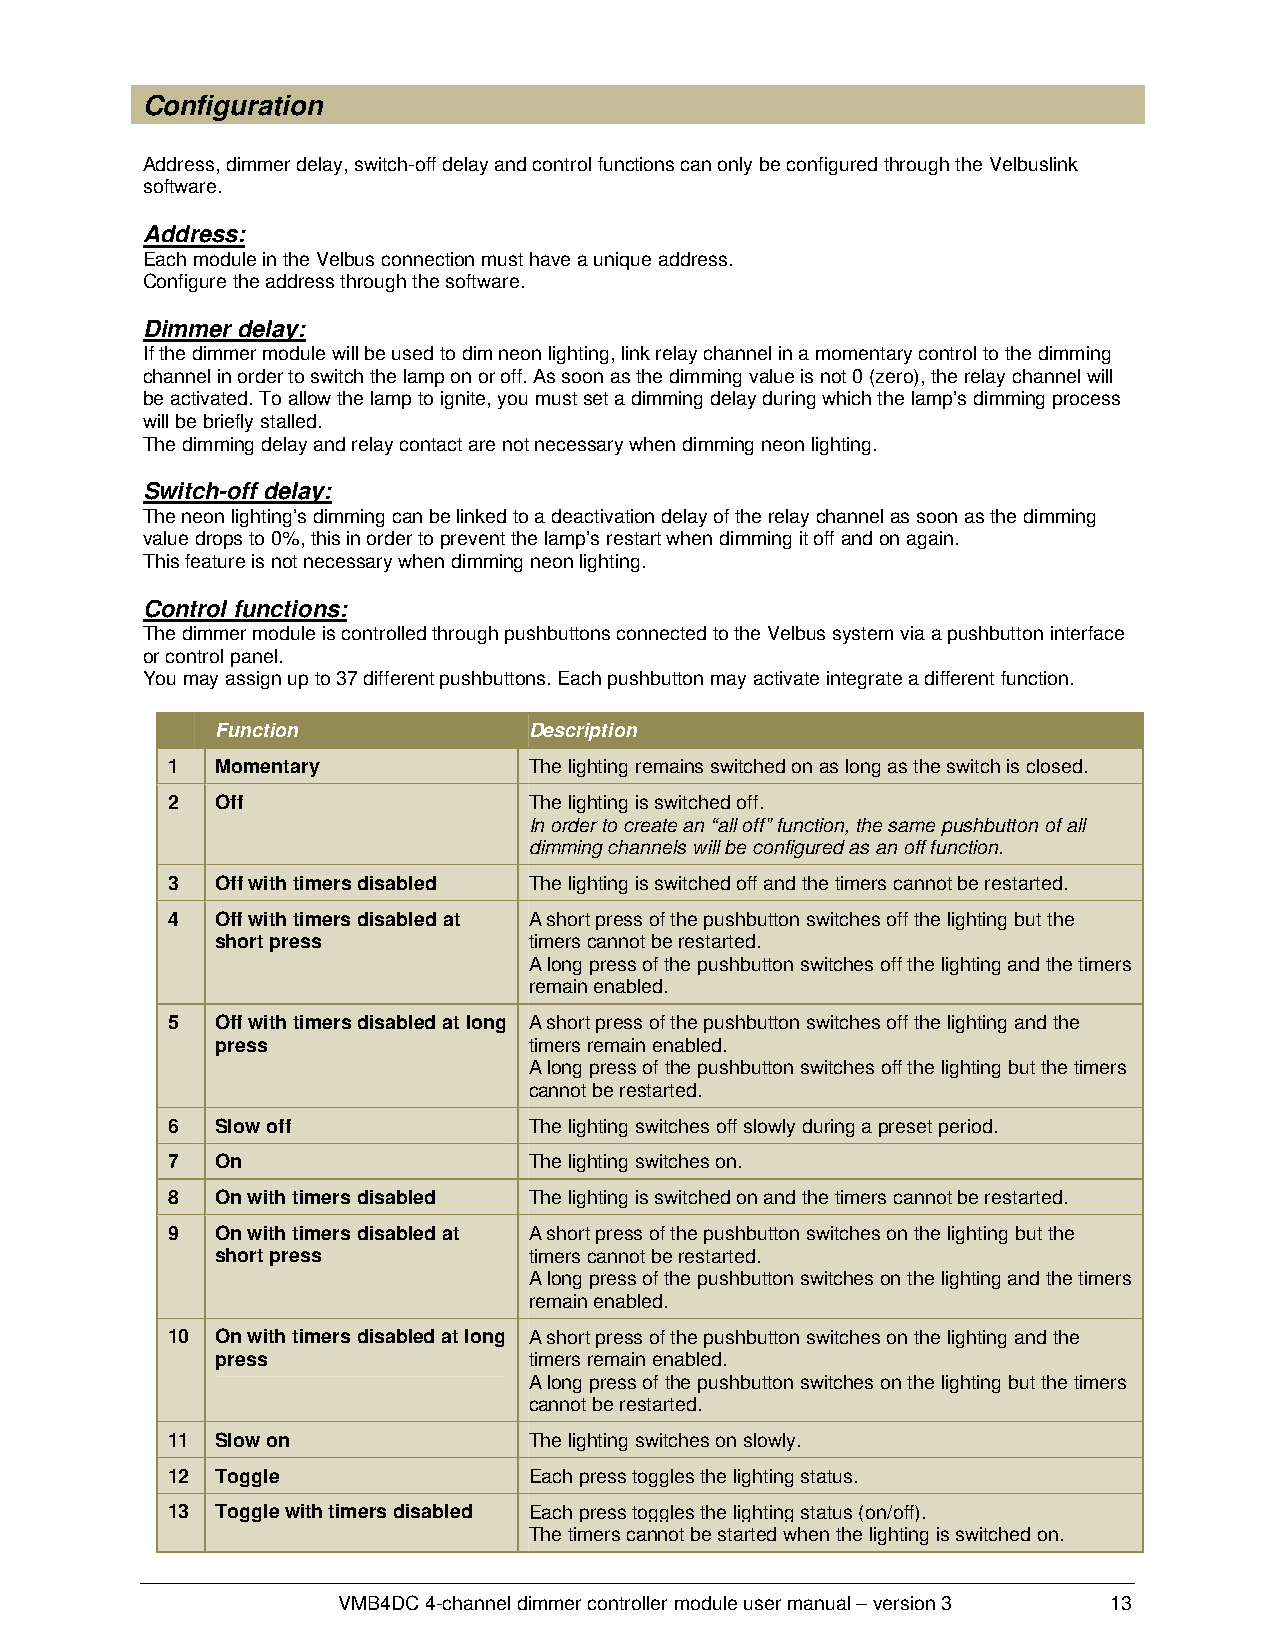
Configuration
 Address, dimmer delay, switch-off delay and control functions can only be configured through the Velbuslink
 software.
 Address:
 Each module in the Velbus connection must have a unique address.
 Configure the address through the software.
 Dimmer delay:
 If the dimmer module will be used to dim neon lighting, link relay channel in a momentary control to the dimming
 channel in order to switch the lamp on or off. As soon as the dimming value is not 0 (zero), the relay channel will
 be activated. To allow the lamp to ignite, you must set a dimming delay during which the lamp’s dimming process
 will be briefly stalled.
 The dimming delay and relay contact are not necessary when dimming neon lighting.
 Switch-off delay:
 The neon lighting’s dimming can be linked to a deactivation delay of the relay channel as soon as the dimming
 value drops to 0%, this in order to prevent the lamp’s restart when dimming it off and on again.
 This feature is not necessary when dimming neon lighting.
 Control functions:
 The dimmer module is controlled through pushbuttons connected to the Velbus system via a pushbutton interface
 or control panel.
 You may assign up to 37 different pushbuttons. Each pushbutton may activate integrate a different function.
 Function             Description
 1  Momentary            The lighting remains switched on as long as the switch is closed.
 2  Off                  The lighting is switched off.
 In order to create an “all off” function, the same pushbutton of all
 dimming channels will be configured as an off function.
 3  Off with timers disabled The lighting is switched off and the timers cannot be restarted.
 4  Off with timers disabled at A short press of the pushbutton switches off the lighting but the
 short press          timers cannot be restarted.
 A long press of the pushbutton switches off the lighting and the timers
 remain enabled.
 5  Off with timers disabled at long A short press of the pushbutton switches off the lighting and the
 press                timers remain enabled.
 A long press of the pushbutton switches off the lighting but the timers
 cannot be restarted.
 6  Slow off             The lighting switches off slowly during a preset period.
 7  On                   The lighting switches on.
 8  On with timers disabled The lighting is switched on and the timers cannot be restarted.
 9  On with timers disabled at A short press of the pushbutton switches on the lighting but the
 short press          timers cannot be restarted.
 A long press of the pushbutton switches on the lighting and the timers
 remain enabled.
 10 On with timers disabled at long A short press of the pushbutton switches on the lighting and the
 press                timers remain enabled.
 A long press of the pushbutton switches on the lighting but the timers
 cannot be restarted.
 11 Slow on              The lighting switches on slowly.
 12 Toggle               Each press toggles the lighting status.
 13 Toggle with timers disabled Each press toggles the lighting status (on/off).
 The timers cannot be started when the lighting is switched on.
 VMB4DC 4-channel dimmer controller module user manual – version 3 13